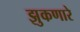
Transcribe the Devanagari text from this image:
झुकणारे